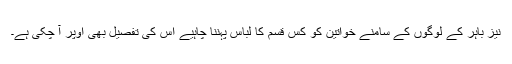
نیز باہر کے لوگوں کے سامنے خواتین کو کس قسم کا لباس پہننا چاہیے اس کی تفصیل بھی اوپر آ چکی ہے۔